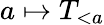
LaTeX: a\mapsto T_{<a}